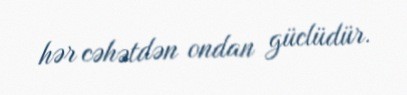
hər cəhətdən ondan güclüdür.